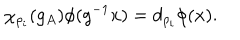
\chi _ { \rho _ { i } } ( g _ { A } ) \phi ( g ^ { - 1 } x ) = d _ { \rho _ { i } } \phi ( x ) .